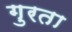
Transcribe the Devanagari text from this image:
गुरता